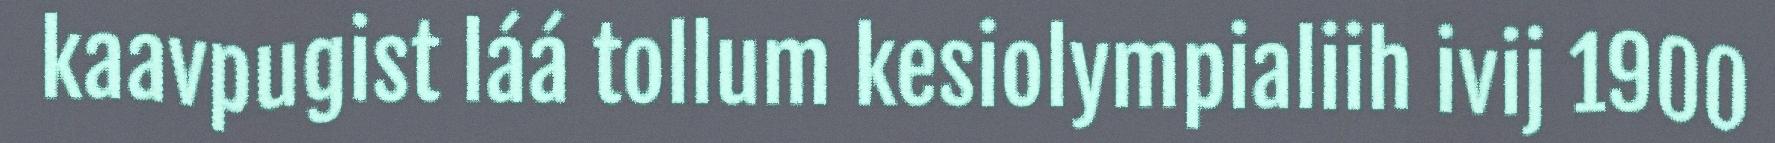
kaavpugist láá tollum kesiolympialiih ivij 1900